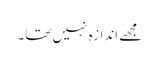
مجھے اندازہ نہیں تھا۔